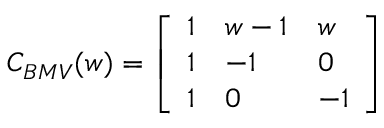
C _ { B M V } ( w ) = \left[ \begin{array} { l l l } { { 1 } } & { { w - 1 } } & { { w } } \\ { { 1 } } & { { - 1 } } & { { 0 } } \\ { { 1 } } & { { 0 } } & { { - 1 } } \end{array} \right]